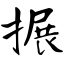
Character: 搌